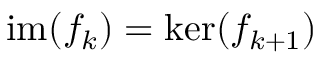
\operatorname { i m } ( f _ { k } ) = \ker ( f _ { k + 1 } )